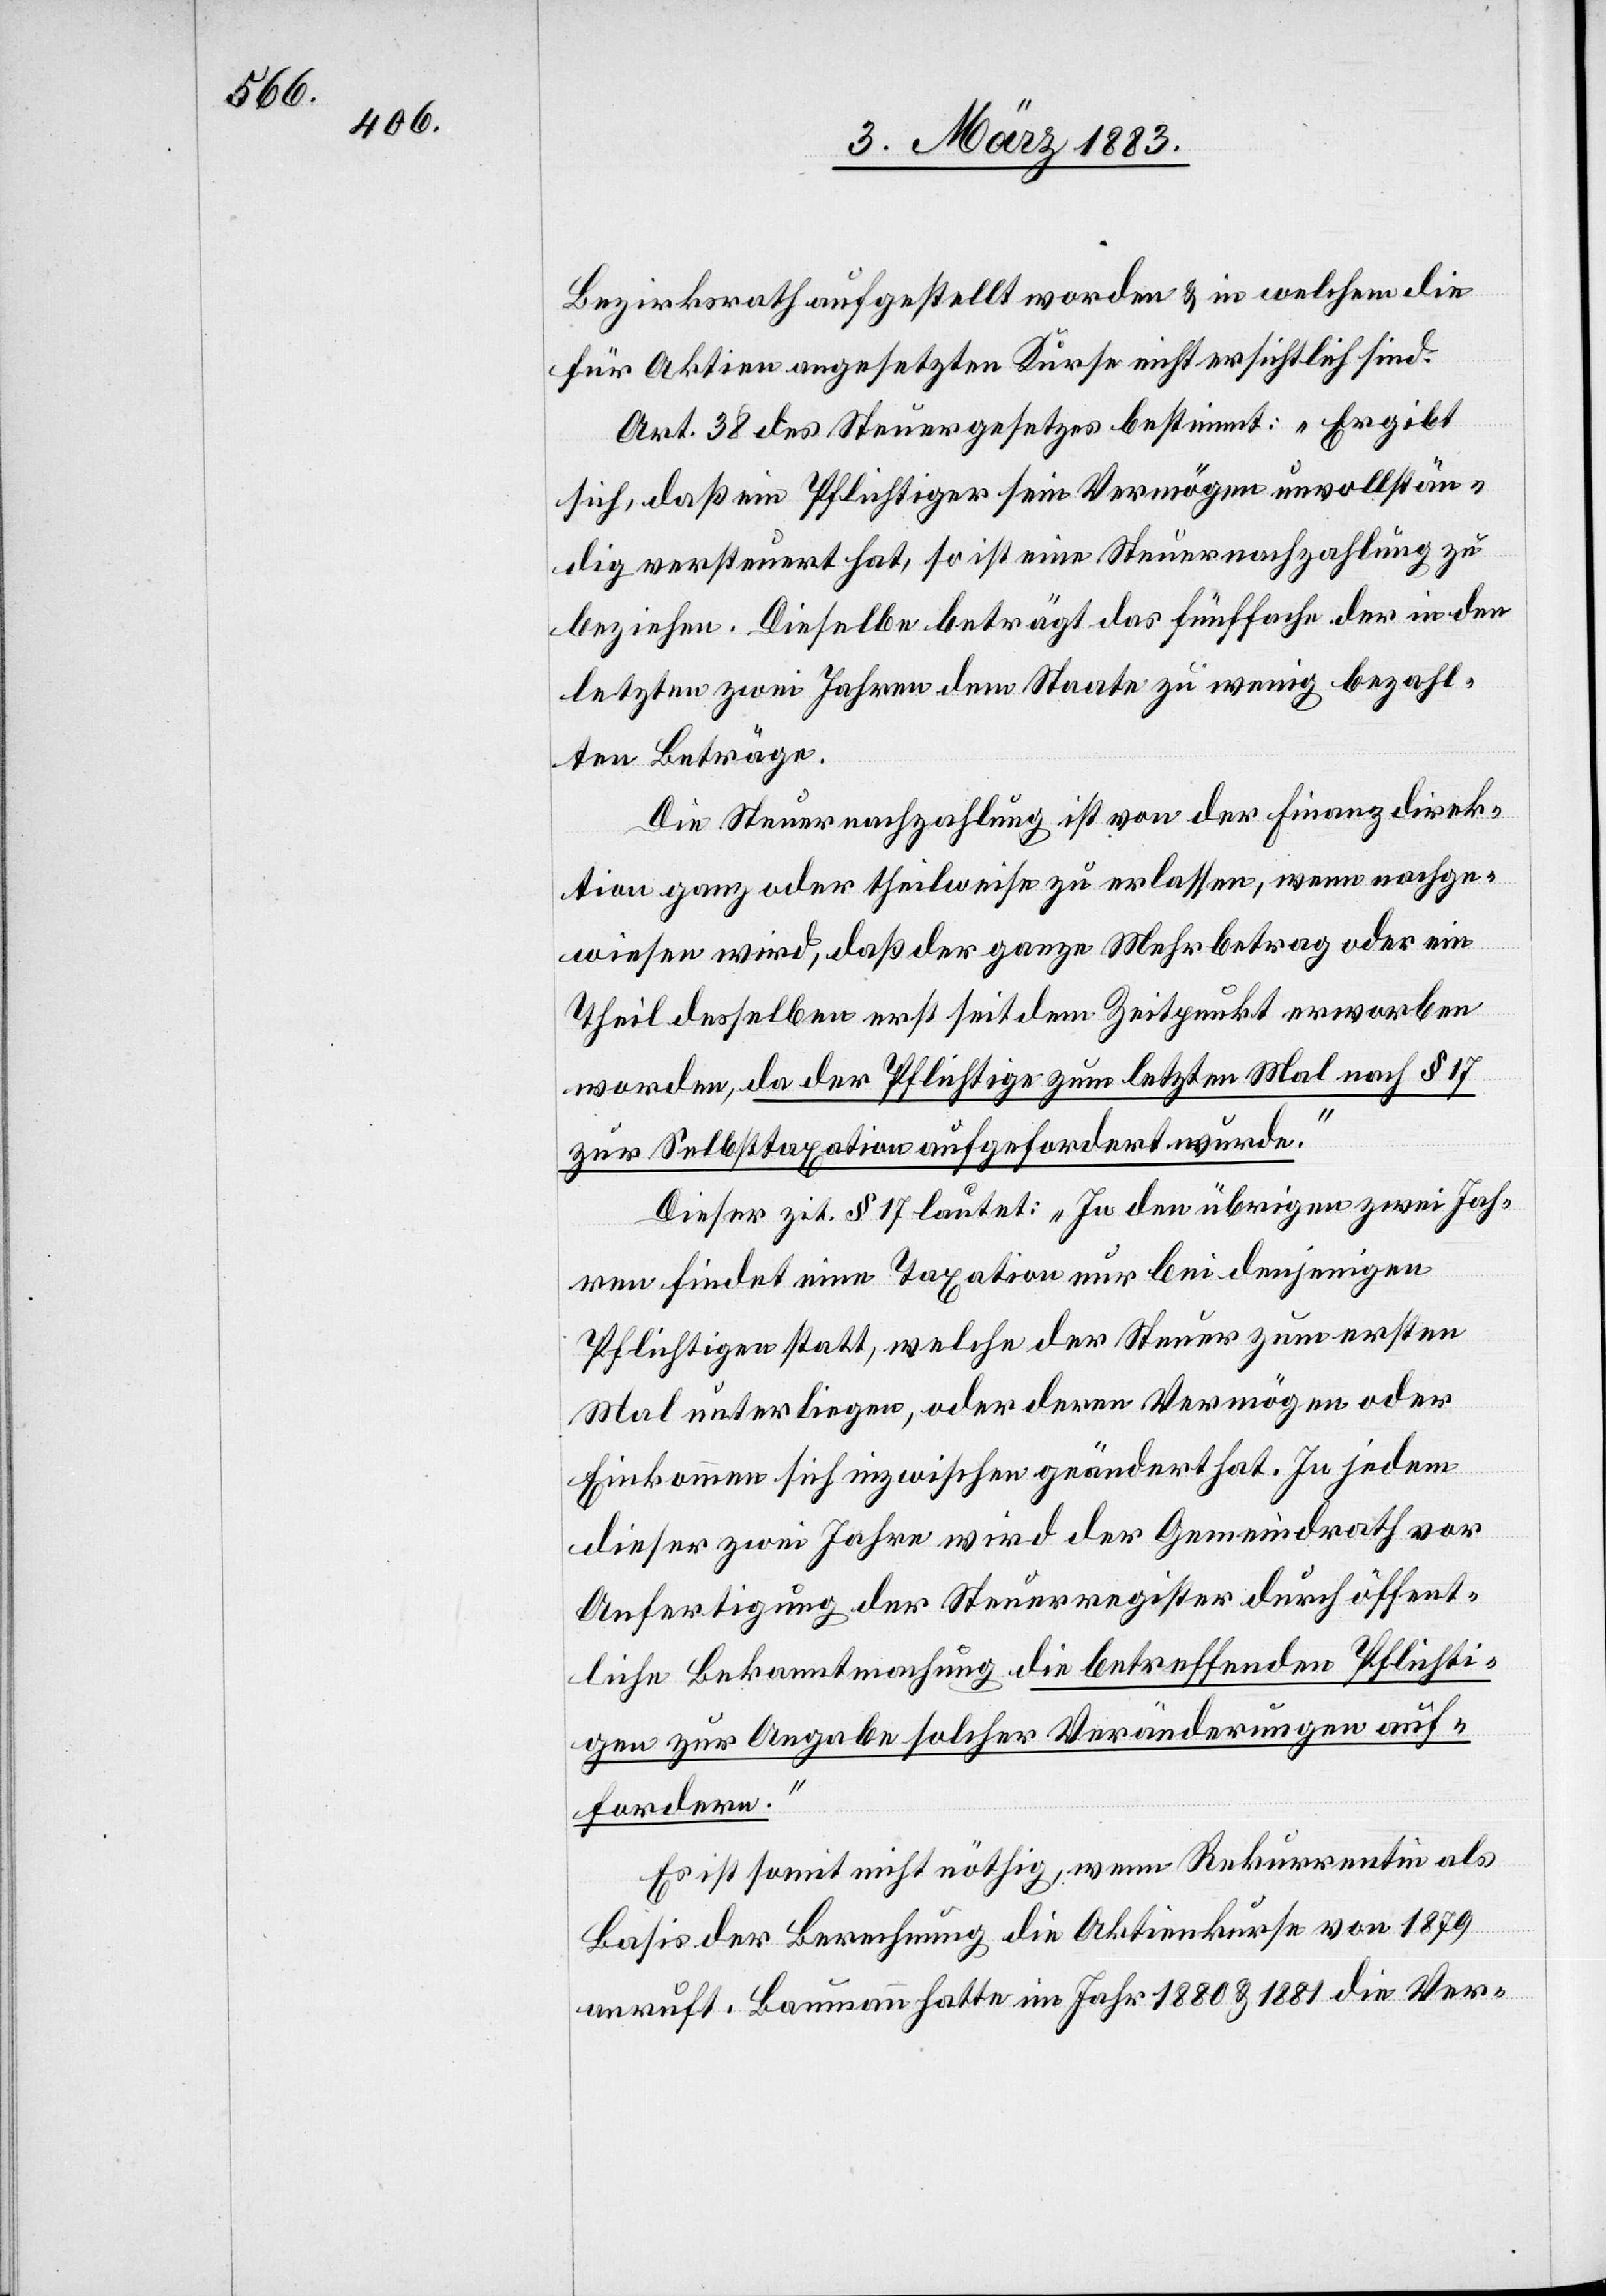
Bezirksrath aufgestellt worden & in welchem die
für Aktien angesetzten Kurse nicht ersichtlich sind.
Art. 38 des Steuergesetzes bestimmt: „Ergibt
sich, daß ein Pflichtiger sein Vermögen unvollstän¬
dig versteuert hat, so ist eine Steuernachzahlung zu
beziehen. Dieselbe beträgt das fünffache der in den
letzten zwei Jahren dem Staate zu wenig bezahl¬
ten Beträge.
Die Steuernachzahlung ist von der Finanzdirek¬
tion ganz oder theilweise zu erlassen, wenn nachge¬
wiesen wird, daß der ganze Mehrbetrag oder ein
Theil desselben erst seit dem Zeitpunkt erworben
worden, da der Pflichtige zum letzten Mal nach § 17
zur Selbsttaxation aufgefordert wurde.“
Dieser zit. § 17 lautet: „In den übrigen zwei Jah¬
ren findet eine Taxation nur bei denjenigen
Pflichtigen statt, welche der Steuer zum ersten
Mal unterliegen, oder deren Vermögen oder
Einkommen sich inzwischen geändert hat. In jedem
dieser zwei Jahre wird der Gemeindrath vor
Anfertigung der Steuerregister durch öffent¬
liche Bekanntmachung die betreffenden Pflichti¬
gen zur Angabe solcher Veränderungen auf¬
fordern.“
Es ist somit nicht nöthig, wenn Rekurrentin als
Basis der Berechnung die Aktienkurse von 1879
anruft. Baumann hatte im Jahr 1880 & 1881 die Ver-